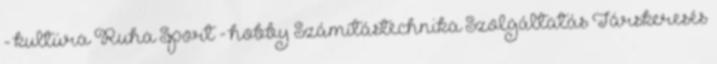
- kultúra Ruha Sport - hobby Számítástechnika Szolgáltatás Társkeresés